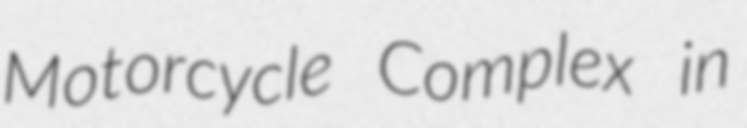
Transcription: Motorcycle Complex in